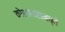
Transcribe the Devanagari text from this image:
कोशागारामध्ये